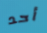
أحد